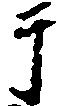
于